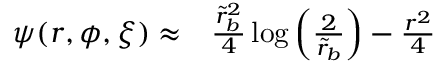
\begin{array} { r l } { \psi ( r , \phi , \xi ) \approx } & { { } \frac { \tilde { r } _ { b } ^ { 2 } } { 4 } \log \left( \frac { 2 } { \tilde { r } _ { b } } \right) - \frac { r ^ { 2 } } { 4 } } \end{array}